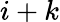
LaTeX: i+k